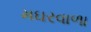
મઘરવાળા